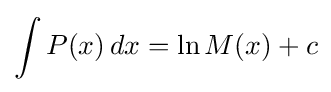
\int P(x)\,dx=\ln M(x)+c